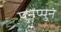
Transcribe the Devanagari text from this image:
पुनप्पुनं